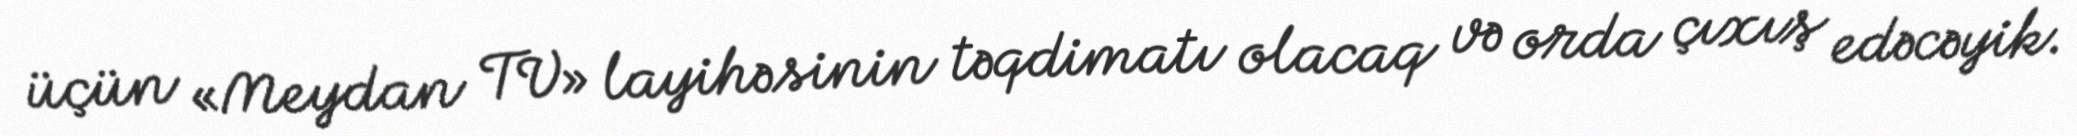
üçün «Meydan TV» layihəsinin təqdimatı olacaq və orda çıxış edəcəyik.